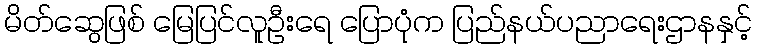
မိတ်ဆွေဖြစ် မြေပြင်လူဦးရေ ပြောပုံက ပြည်နယ်ပညာရေးဌာနနှင့်